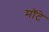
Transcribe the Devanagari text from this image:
मॉटे